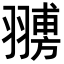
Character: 𦒊